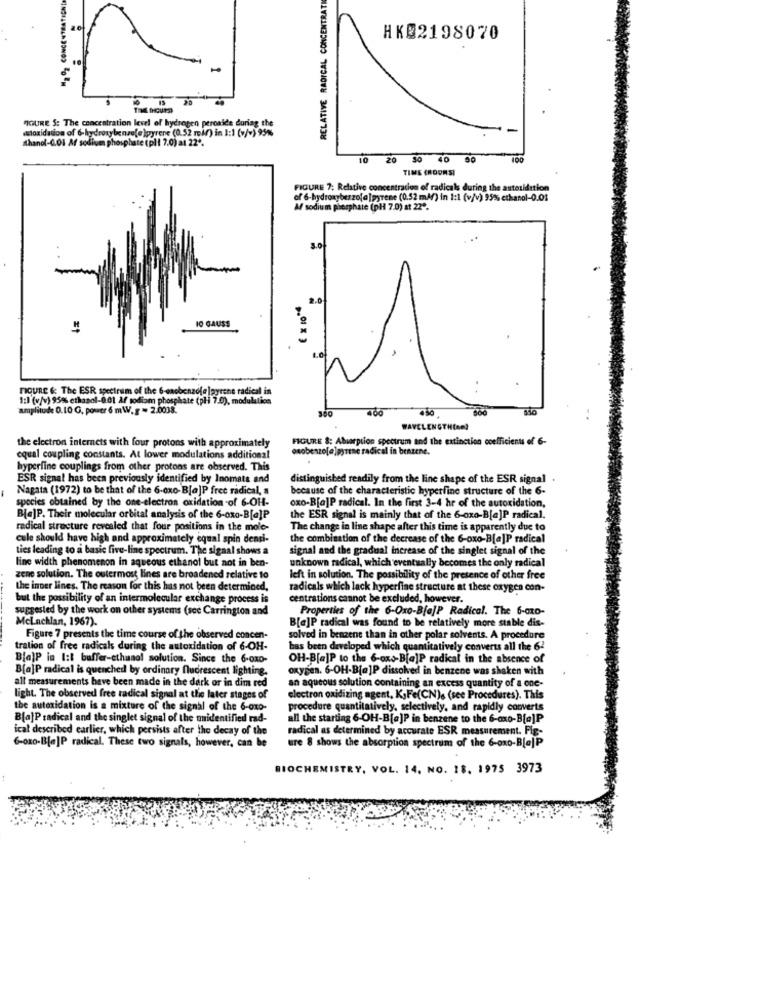
M2 O2 CONCENTRATIOND
RELATIVE RADICAL CONCENTRATI
HK02198070
"IGURE S: The concentration level of hydrogen peroaide during the
muloxidation of 6-hydroxybenzo(e )pyrene (0.52 min) in 1:1 (v/v) 95%
thanol-0.Oi Af sodiven phosphate (pl | 7.0) at 22 *.
10
20
40 50
100
TIME (ROOMSI
FIGURE 7; Relative concentration of radicals during the autoridition
of 6-hydroxyberzo[a]pyrene (0.52 m4/) in 1:1 (v/v) 95% ethanol-0.01
W/ sodium phosphate (pH 7.0) at 22".
3.0
10 GAUSS
FIGURE & The ESR spectrum of the 6-enobenzofelayrene radical in
1:1 (v/v) 95% ethanol-001 Af rodiom phospha
m phosphate (pli 7.0), modulation
amplitude 0.10 G, power 6 mW. g = 2.0038.
WAVELENGTHIn?
FIGURE &: Aburption spectrum and the extinction coefficients of 6-
the electron internets with four protons with approximately
onobenzo[a]pyrene radical in benzene.
equal coupling constants. At lower modulations additional
hyperfine couplings from other protons are observed. This
ESR signal has been previously identified by Inomats and
distinguished readily from the line shape of the ESR signal
Nagata (1972) to be that of the 6-oxo- B[a]P free radical, a
because of the characteristic hyperfine structure of the 6-
species obtained by the one-electron oxidation of 6-OH-
oxo-B[a]P radical. In the first 3-4 hr of the autoxidation,
Bla]P. Their molecular orbital analysis of the 6-ox0-B[a]P
the ESR signal is mainly that of the 6-oxo-B[a]P radical.
radical structure revealed that four positions in the mole-
The change in line shape after this time is apparently due to
cule should have high and approximately equal spin densi-
the combination of the decrease of the 6-oxo-B[a]P radical
ties leading to a basic five-line spectrum. The signal shows a
signal and the gradual increase of the singlet signal of the
line width phenomenon in aqueous ethanol but not in ben-
unknown radical, which eventually becomes the only radical
zene solution. The outermost lines are broadened relative to
left in solution. The possibility of the presence of other free
the inner lines. The reason for this has not been determined,
radicals which lack hyperfine structure at these oxygen con-
but the possibility of an intermolecular exchange process is
centrations cannot be excluded, however.
suggested by the work on other systems (scc Carrington and
Properties of the 6-0xo-B[a]P Radical. The 6-010-
Mclachlan, 1967).
B[a]P radical was found to be relatively more stable dis-
Figure 7 presents the time course of the observed concen-
solved in benzene than in other polar solvents. A procedure
tration of free radicals during the autoxidation of 6-OH-
bas been developed which quantitatively converts all the 62
Bla]P in I:t buffer-ethanol solution. Since the 6-ox0-
OH-B[a]P to the 6-ox>B[a]P radical in the absence of
B[a]P radical is quenched by ordinary fluorescent lighting.
oxygen. 6-OH-B[a]P dissolved in benzene was shaken with
all measurements have been made in the dark or in dim red
an aqueous solution containing an excess quantity of a one-
light. The observed free radical signal at the later stages of
electron oxidizing agent, K,Fe(CN). (see Procedures). This
the autoxidation is a mixture of the signal of the 6-0x0-
procedure quantitatively, selectively, and rapidly converts
B[a]P radical and the singlet signal of the unidentified rad-
all the starting 6-OH-B[a]P in benzene to the 6-oxo-B[a]P
ical described earlier, which persists after the decay of the
radical as determined by accurate ESR measurement. Fig-
6-ox0-B[a]P radical. These two signals, however, can be
ure 8 shows the absorption spectrum of the 6-0x0-Bleje
BIOCHEMISTRY, VOL. 14, NO. 18. 1975 3973